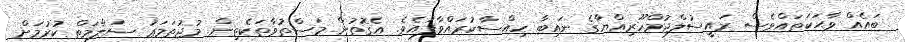
ބައެއް ވާޙަކަތައްވެސް ރައީސުލްޖުމްހޫރިއްޔާގެ ނައިބާ ހިއްސާކުރައްވާފައެވެ. އެގޮތުން މަސްތުވާތަކެތިން މުޖުތަމަޢު ސަލާމަތް ކުރުމަށް